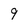
Character: 9